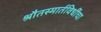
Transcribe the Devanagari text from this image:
श्रौतस्मार्तविधींचा